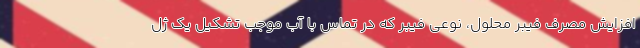
افزایش مصرف فیبر محلول، نوعی فیبر که در تماس با آب موجب تشکیل یک ژل